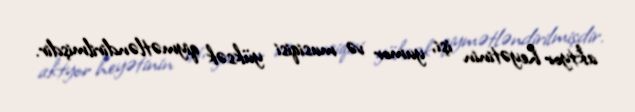
aktyor heyətinin işi, yumor və musiqisi yüksək qiymətləndirilmişdir.